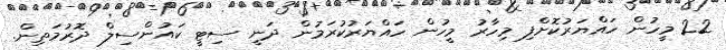
22 މީހުން ހައްޔަރުކޮށްފި މިހާރު މީހުން ހައްޔަރުކުރަމުން ދަނީ ސިޓީ ކައުންސިލް ދޮރުމަތިން.